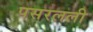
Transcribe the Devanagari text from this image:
पसरलली